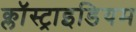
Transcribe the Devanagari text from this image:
क्लॉस्ट्राइडियम